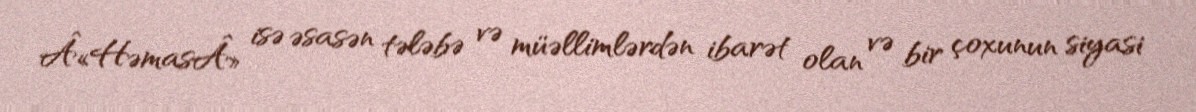
Â«HəmasÂ» isə əsasən tələbə və müəllimlərdən ibarət olan və bir çoxunun siyasi